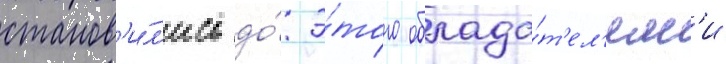
станов'и́л'ись до́ э́того облада́т'ел'ям'и